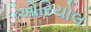
ઓરિયોલ